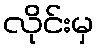
လိုင်းမှ